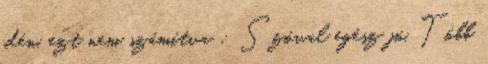
idén, ezt nem számítva : Szóval egész jó. Több